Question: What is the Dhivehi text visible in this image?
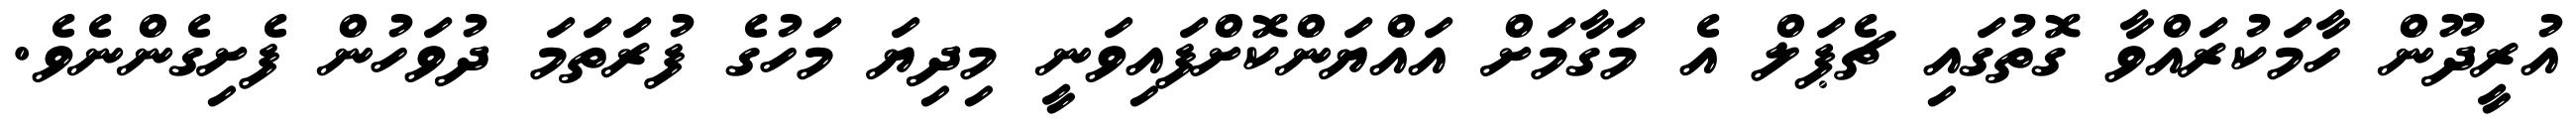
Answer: އުރީދޫން ހާމަކުރައްވާ ގޮތުގައި ޗެޕަލް އެ މަގާމަށް އައްޔަންކޮށްފައިވަނީ މިދިޔަ މަހުގެ ފުރަތަމަ ދުވަހުން ފެށިގެންނެވެ.